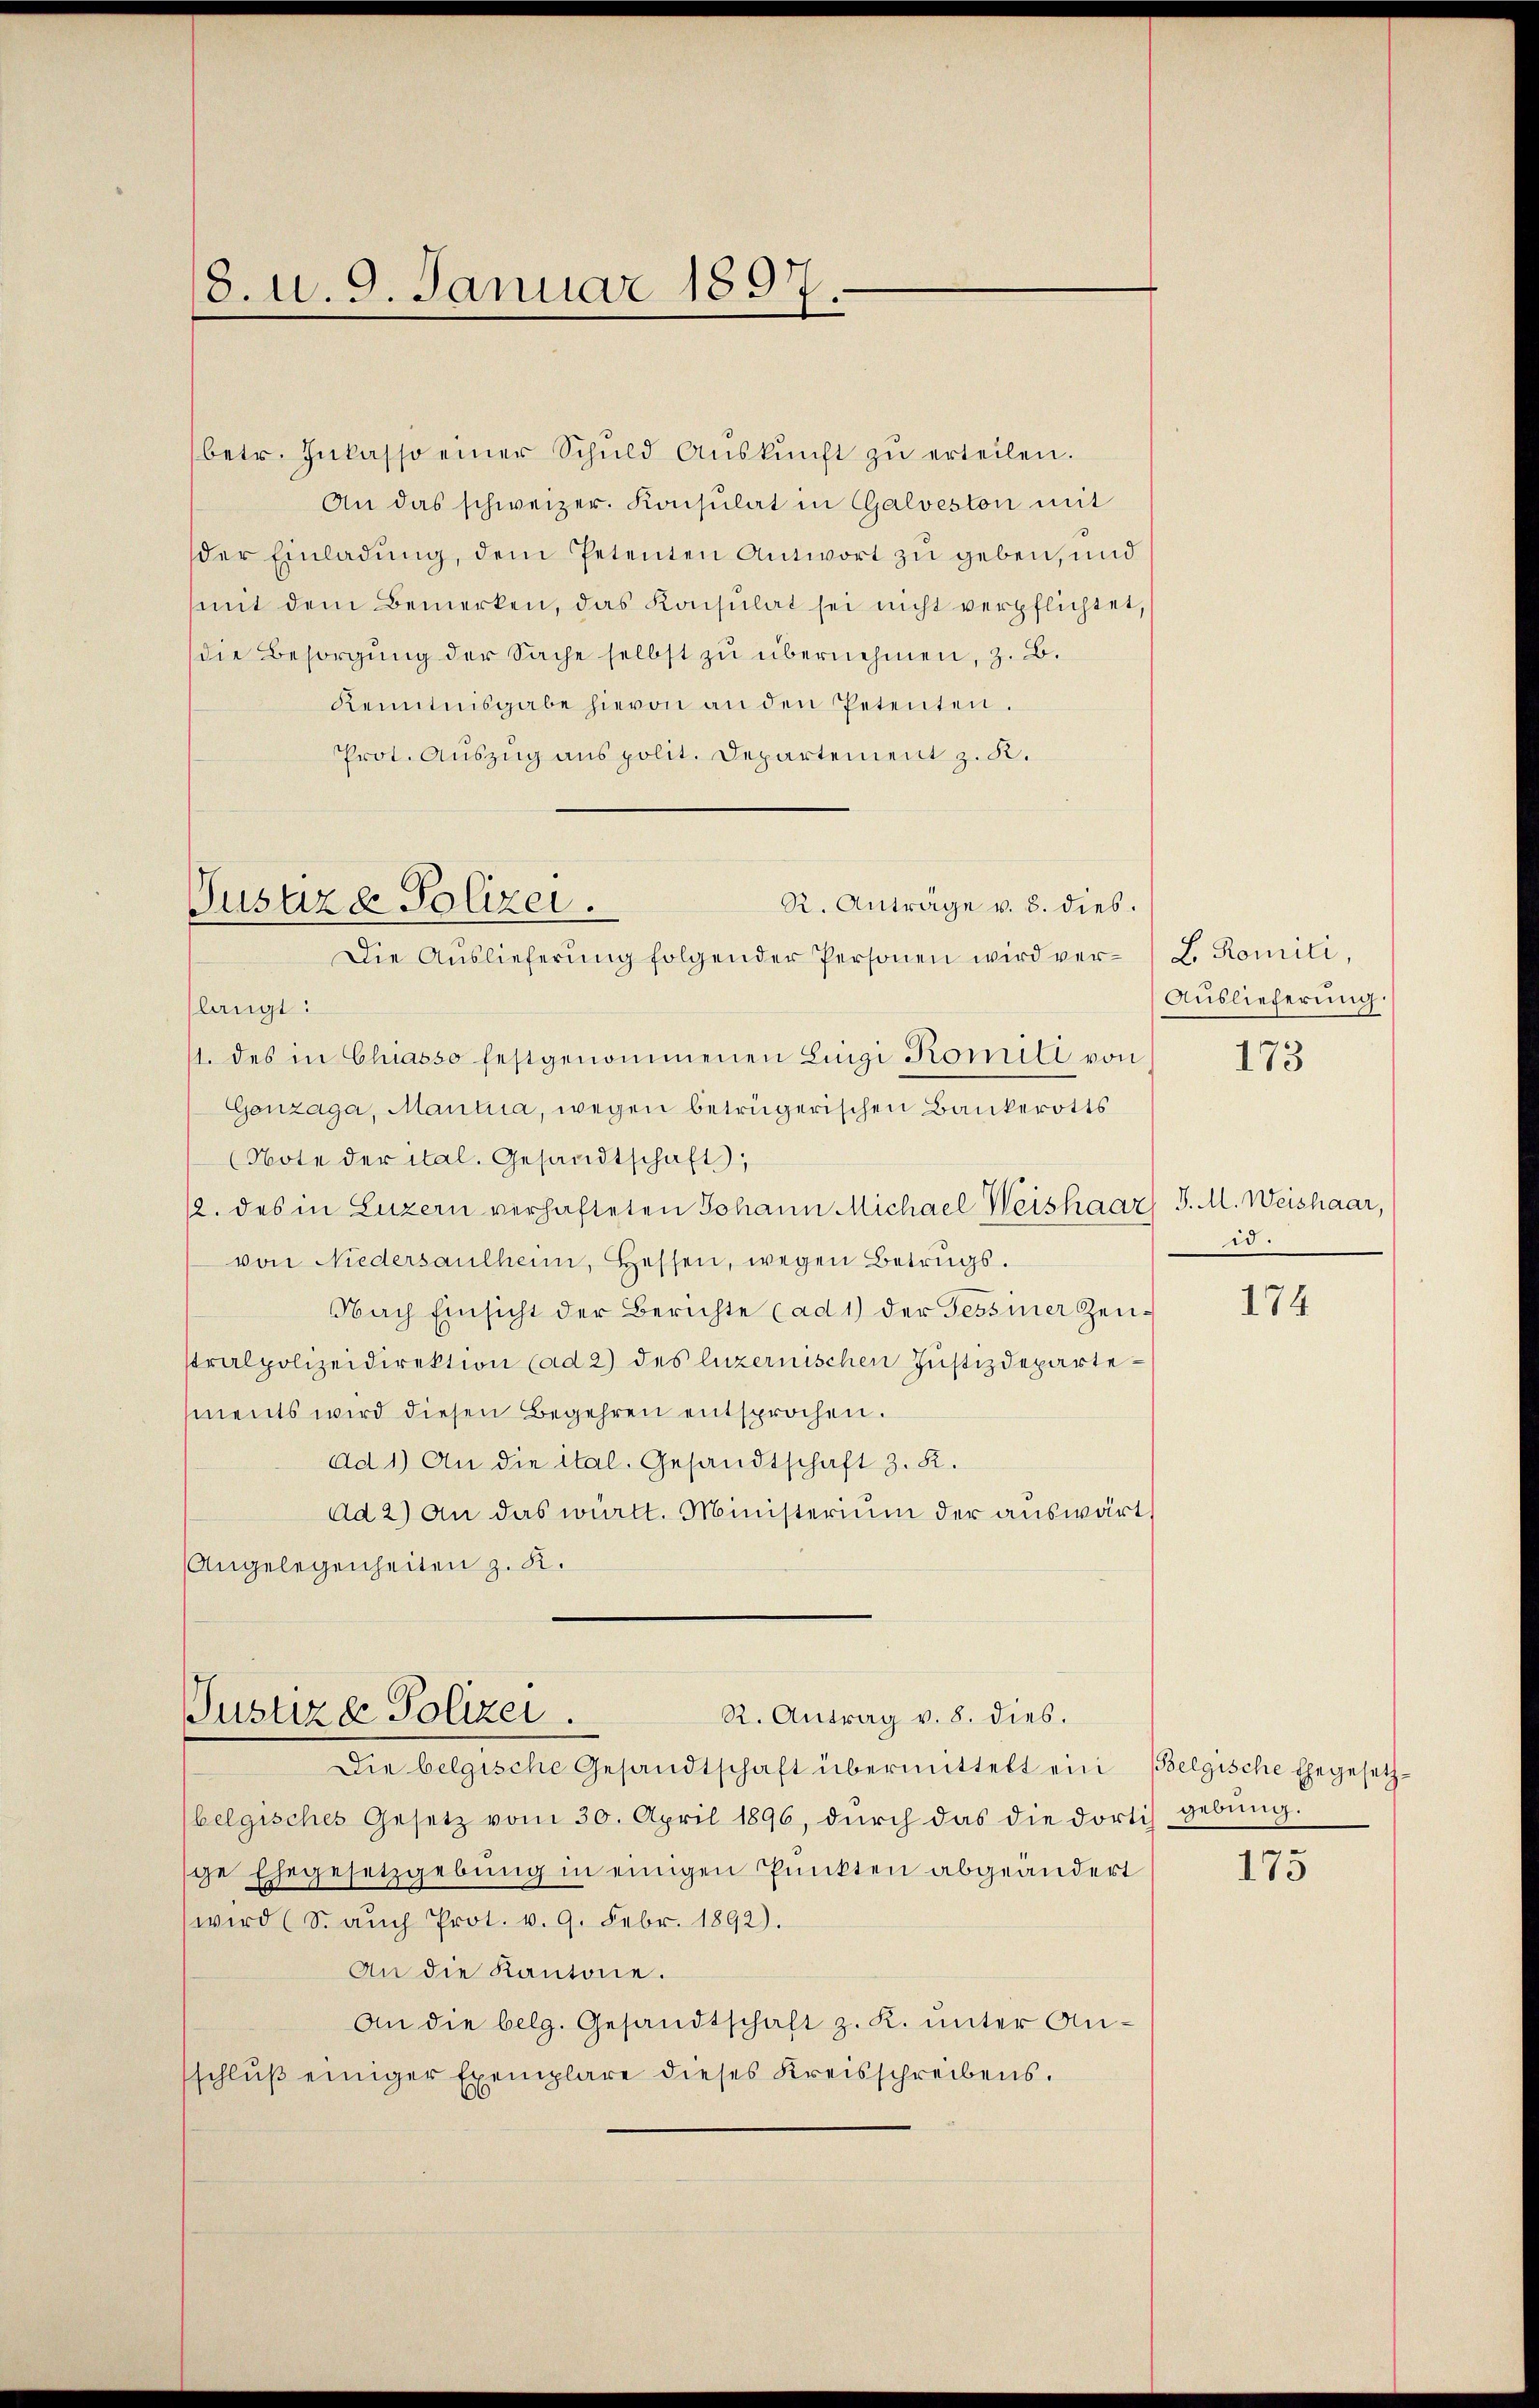
8. u. 9. Januar 1897.

R. Anträge v. 8. dies.
Pustizd Polizei.
Die Auslieferung folgender Personen wird ver¬

(betr. Inkasso einer Schŭld Aŭskŭnft zŭ erteilen.
An das schweizer. Konsulat in Calveston mit
der Einladung, dem Petenten Antwort zu geben, und
mit dem Bemerken, das Konsulat sei nicht verpflichtet,
die Besorgŭng der Sache selbst zu übernehmen, z. B.
Kenntnisgabe hievon an den Petenten.
Prot. Auszug aus polit. Departement z. R.
slangt:
1. des in Chiasso festgenommenen Lingi Komite von
Gonzaga, Manta, wegen betrügerischen Bankerotts
(Note der ital. Gesandtschaft,
12. des in Luzern verhafteten Johann Michael Weishaar J. M. Weishaar,
von Niedersaulheim, Hessen, wegen Betrugs.
Nach Einsicht der Berichte (ad 1) der Tessiner Zeustralpolizeidirektion (ad 2) des luzernischen Justizdepartements wird diesen Begehren entsprochen.
Ad 1) An die ital. Gesandtschaft z. R.
Ad 2) An das württ. Ministerium der auswärt
Angelegenheiten z. K.

Justiz & Polizei.
R. Antrag v. 8. dies.

Die belgische Gesandtschaft übermittelt ein Belgische Ehegesetzbelgisches Gesetz vom 30. April 1896, durch das die dortis gebung.
ge Ehegesetzgebung in einigen Punkten abgeändert
wird (S. aŭch Prot. v. 9. Febr. 1892).
An die Kantone.
An die belg. Gesandtschaft z. K. unter Anschluß einiger Exemplare dieses Kreisschreibens.

B. Romiti,
Auslieferung.
173

5

174

175